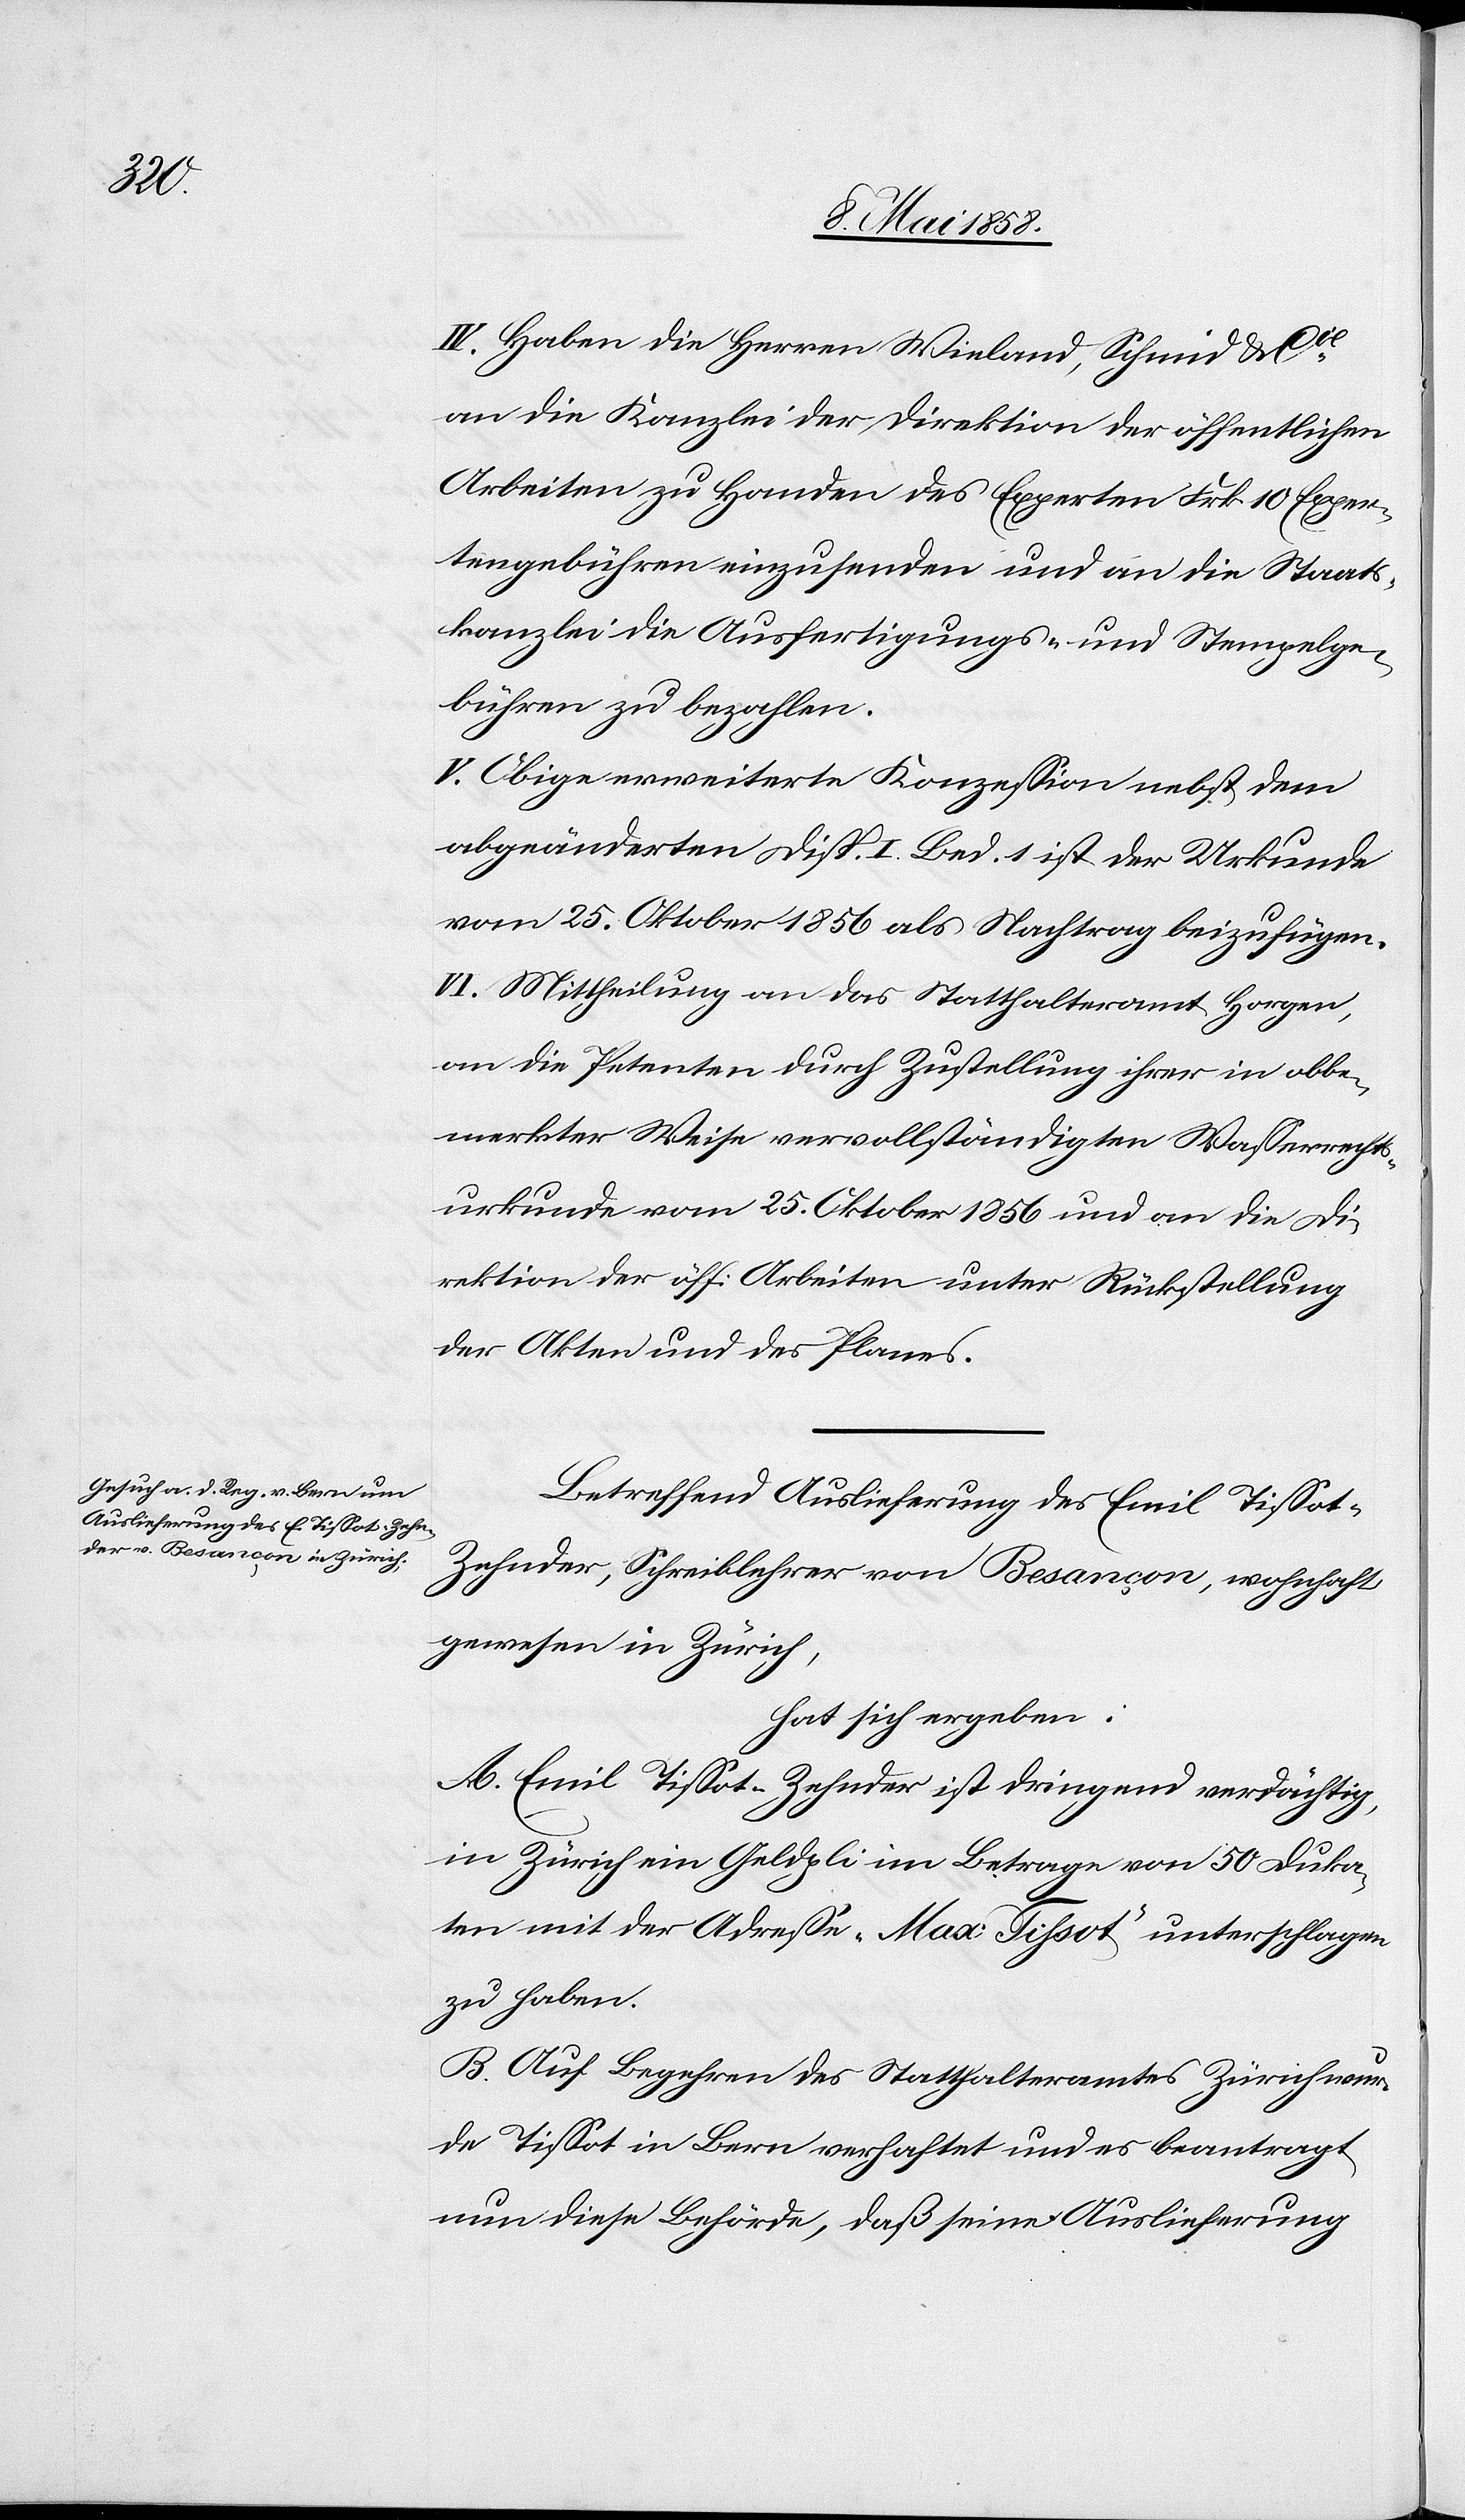
obbe¬

IV. Haben die Herren Wieland, Schmid & Cie
an die Kanzlei der Direktion der öffentlichen
Arbeiten zu Handen des Experten Frk. 10 Exper¬
tengebühren einzusenden und an die Staats¬
kanzlei die Ausfertigungs- und Stempelge¬
bühren zu bezahlen.
V. Obige erweiterte Konzession nebst dem
abgeänderten Disp. I. Bed. 1 ist der Urkunde
vom 25. Oktober 1856 als Nachtrag beizufügen.
VI. Mittheilung an das Statthalteramt ihrer
merkter Weise vervollständigten Wasserrechts¬
urkunde vom 25. Oktober 1856 und an die Di¬
rektion der öff. Arbeiten unter Rückstellung
der Akten und des Planes.
Betreffend Auslieferung des Emil Tissot-Z¬
ehnder, Schreiblehrer von Besançon, wohnhaft
gewesen in Zürich,
hat sich ergeben:
A. Emil Tissot-Zehnder ist dringend verdächtig,
in Zürich ein Geldpli im Betrage von 50 Duka¬
ten mit der Adresse „Max Tissot“ unterschlagen
zu haben.
B. Auf Begehren des Statthalteramtes Zürich wur¬
de Tissot in Bern verhaftet und es beantragt
nun diese Behörde, daß seine Auslieferung